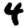
Digit: 4